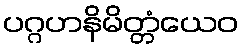
ပဂ္ဂဟနိမိတ္တံယေဝ